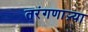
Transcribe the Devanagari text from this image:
तरंगणाऱ्या